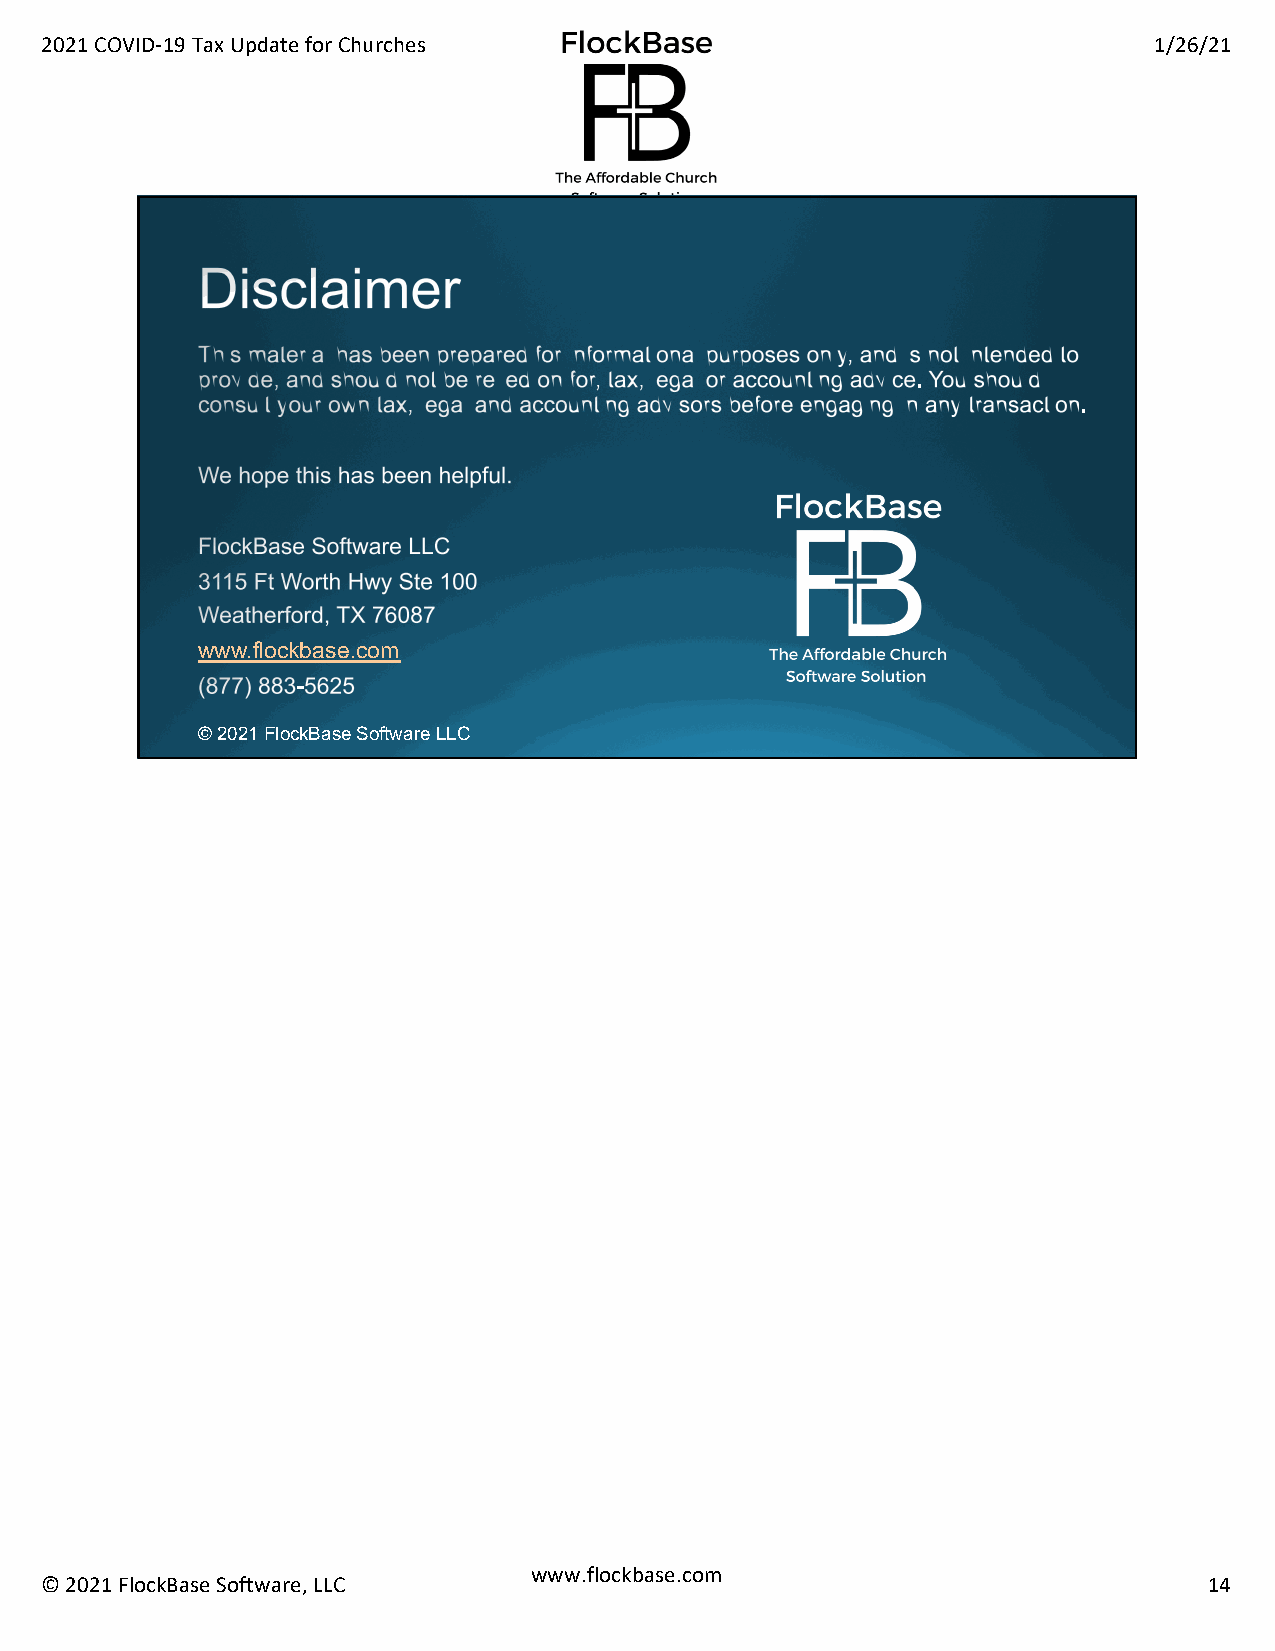
2021 COVID-19 Tax Update for Churches                                    1/26/21
 www.flockbase.com
 © 2021 FlockBase Software LLC
 www.flockbase.com
 © 2021 FlockBase Software, LLC                                               14